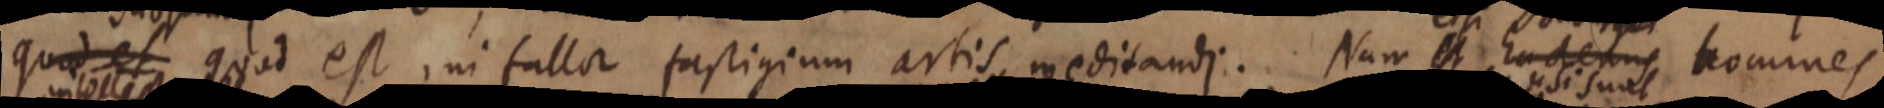
quod et quod est ni fallor fastigium artis meditandi. Nam _ hademus homines